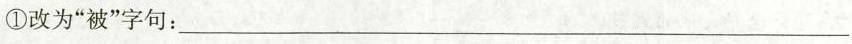
①改为”被”字句：___